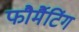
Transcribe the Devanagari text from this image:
फौर्मैटिंग